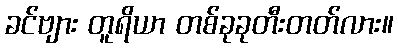
ခင်ဗျား တူရိယာ တစ်ခုခုတီးတတ်လား။